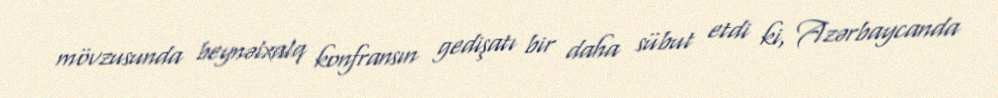
mövzusunda beynəlxalq konfransın gedişatı bir daha sübut etdi ki, Azərbaycanda